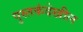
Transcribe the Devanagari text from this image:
पुस्तकंदेखील